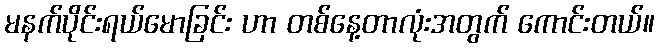
မနက်ပိုင်းရယ်မောခြင်း ဟာ တစ်နေ့တာလုံးအတွက် ကောင်းတယ်။